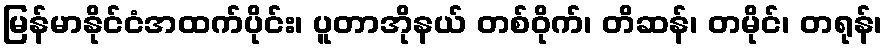
မြန်မာနိုင်ငံအထက်ပိုင်း၊ ပူတာအိုနယ် တစ်ဝိုက်၊ တိဆန်၊ တမိုင်၊ တရုန်၊